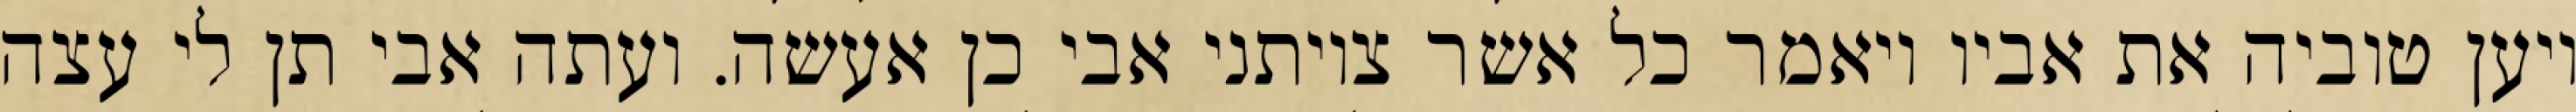
ויען טוביה את אביו ויאמר כל אשר צויתני אבי כן אעשה. ועתה אבי תן לי עצה